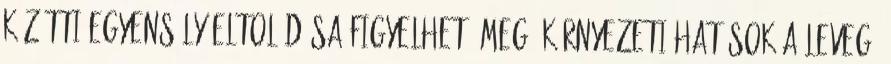
közötti egyensúly eltolódása figyelhető meg. Környezeti hatások A levegő